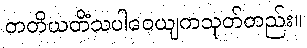
တတိယတိံသပါဝေယျကသုတ်တည်း။